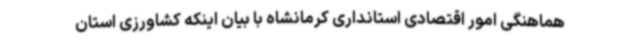
هماهنگی امور اقتصادی استانداری کرمانشاه با بیان اینکه کشاورزی استان